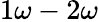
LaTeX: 1\omega-2\omega